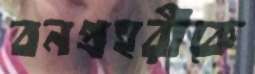
বনপ্রহরীকে